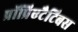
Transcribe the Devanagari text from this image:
प्रॉप्रिएटैटिबस